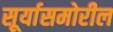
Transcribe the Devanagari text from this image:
सूर्यासमोरील